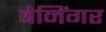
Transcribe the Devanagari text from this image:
बेनिंगर